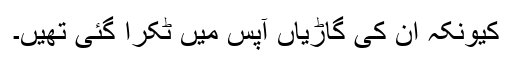
کیونکہ ان کی گاڑیاں آپس میں ٹکرا گئی تھیں۔